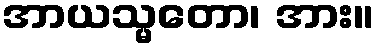
အာယသ္မတော၊ အား။